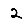
Digit: 2